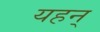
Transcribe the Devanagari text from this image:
यहन्